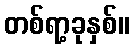
တစ်ရာ့ခုနှစ်။